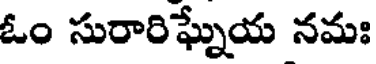
ఓం సురారిఘ్నేయ నమః